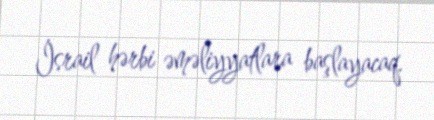
İsrail hərbi əməliyyatlara başlayacaq.